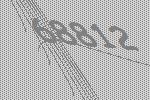
68812